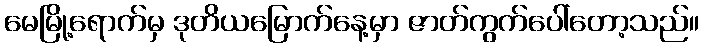
မေမြို့ရောက်မှ ဒုတိယမြောက်နေ့မှာ ဇာတ်ကွက်ပေါ်တော့သည်။